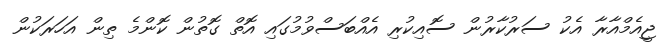
ޖީއެމްއާރާ އެކު ސަރުކާރުން ސޮއިކުރި އެއްބަސްވުމުގައި އޮތް ގޮތުން ކޮންމެ ތިން އަހަރަކުން